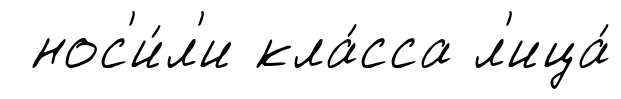
нос'и́л'и кла́сса л'ица́